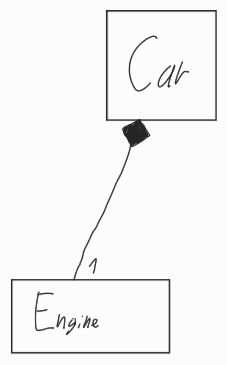
Diagram type: class_diagram
```plantuml
@startuml

class Car

class Engine

Car *-- "1" Engine

@enduml
```